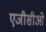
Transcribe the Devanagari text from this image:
एजीसीओ